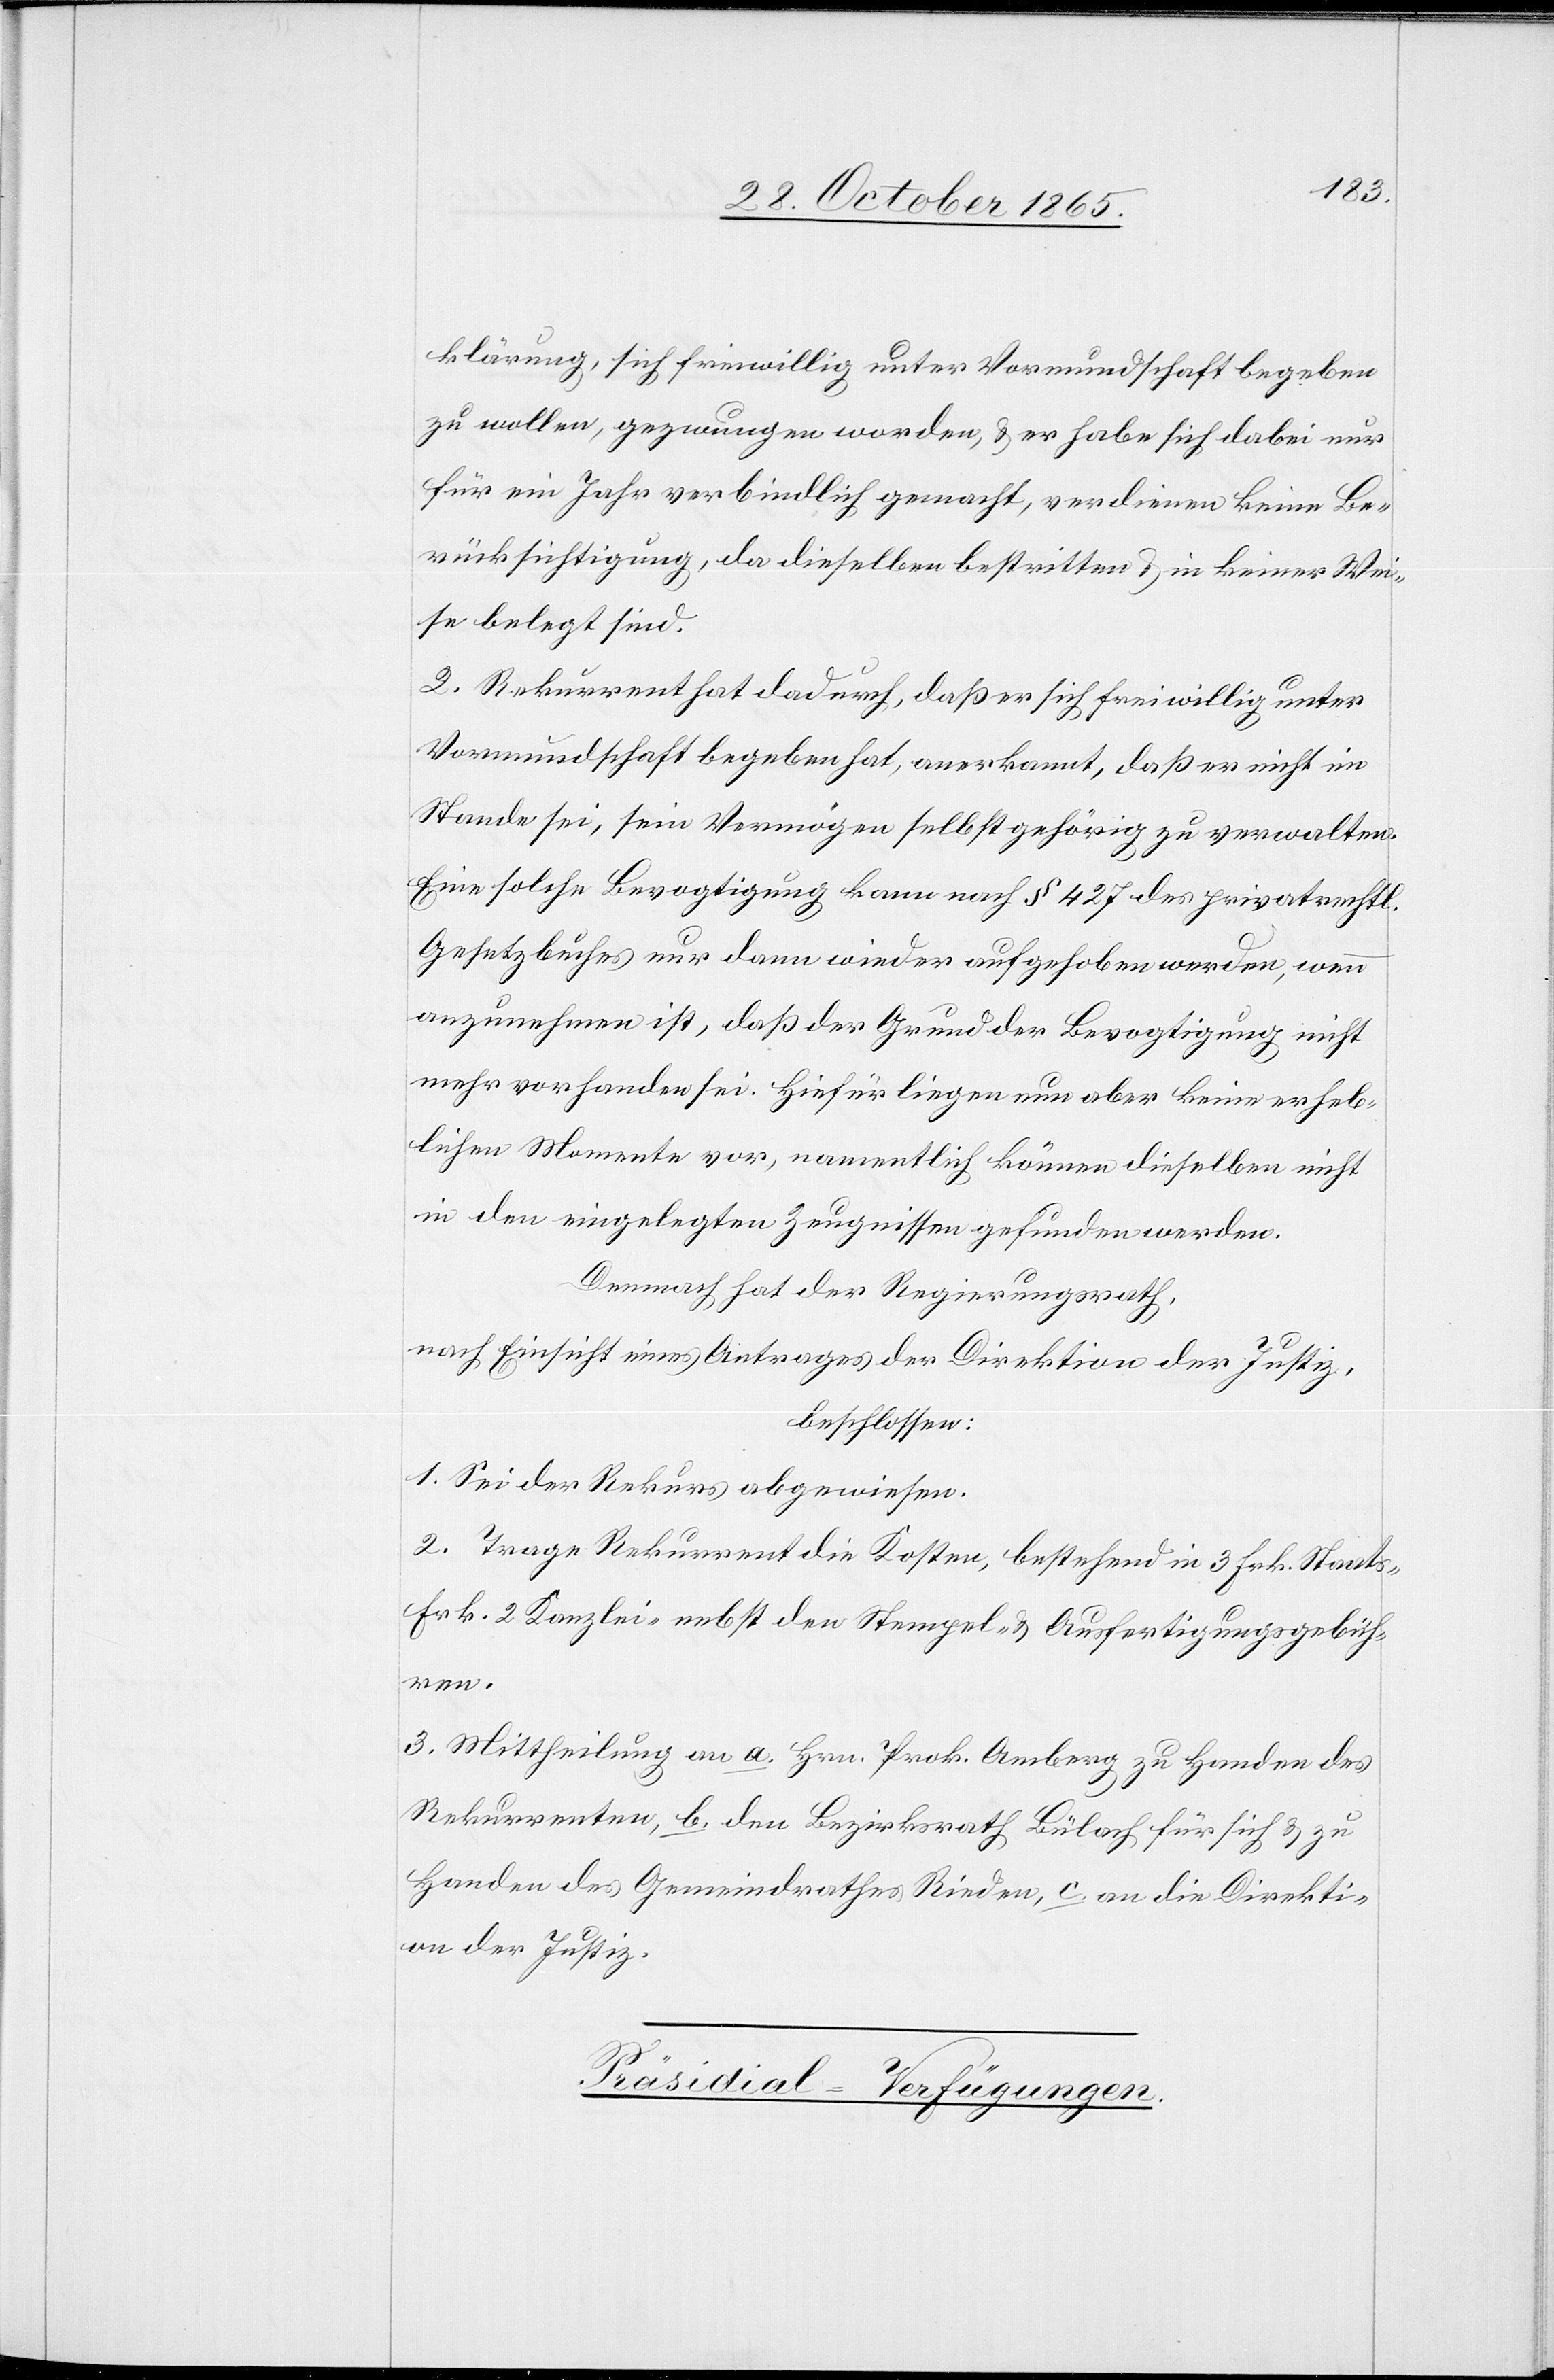
klärung, sich freiwillig unter Vormundschaft begeben
zu wollen, gezwungen worden, & er habe sich dabei nur
für ein Jahr verbindlich gemacht, verdienen keine Be¬
rücksichtigung, da dieselben bestritten & in keiner Wei¬
se belegt sind.
2. Rekurrent hat dadurch, daß er sich freiwillig unter
Vormundschaft begeben hat, anerkannt, daß er nicht im
Stande sei, sein Vermögen selbst gehörig zu verwalten.
Eine solche Bevogtigung kann nach § 427 des privatrechtl.
Gesetzbuches nur dann wieder aufgehoben werden, wenn
anzunehmen ist, daß der Grund der Bevogtigung nicht
mehr vorhanden sei. Hiefür liegen nun aber keine erheb¬
lichen Momente vor, namentlich können dieselben nicht
in den eingelegten Zeugnissen gefunden werden.
Demnach hat der Regierungsrath,
nach Einsicht eines Antrages der Direktion der Justiz,
beschlossen:
1. Sei der Rekurs abgewiesen.
2. Trage Rekurrent die Kosten, bestehend in 3 Frk. Staats-[,]
Frk. 2 Kanzlei- nebst den Stempel- & Ausfertigungsgebüh¬
ren.
3. Mittheilung an a. Hrn. Prok. Amberg zu Handen des
Rekurrenten, b. den Bezirksrath Bülach für sich & zu
Handen des Gemeindrathes Rieden, c. an die Direkti¬
on der Justiz.